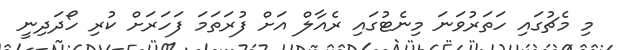
މި މެޗުގައި ހަތަރުވަނަ މިނެޓުގައި ރެއާލް އަށް ފުރަތަމަ ފަހަރަށް ކުރި ހޯދަދިނީ